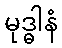
မုဒ္ဓါနံ